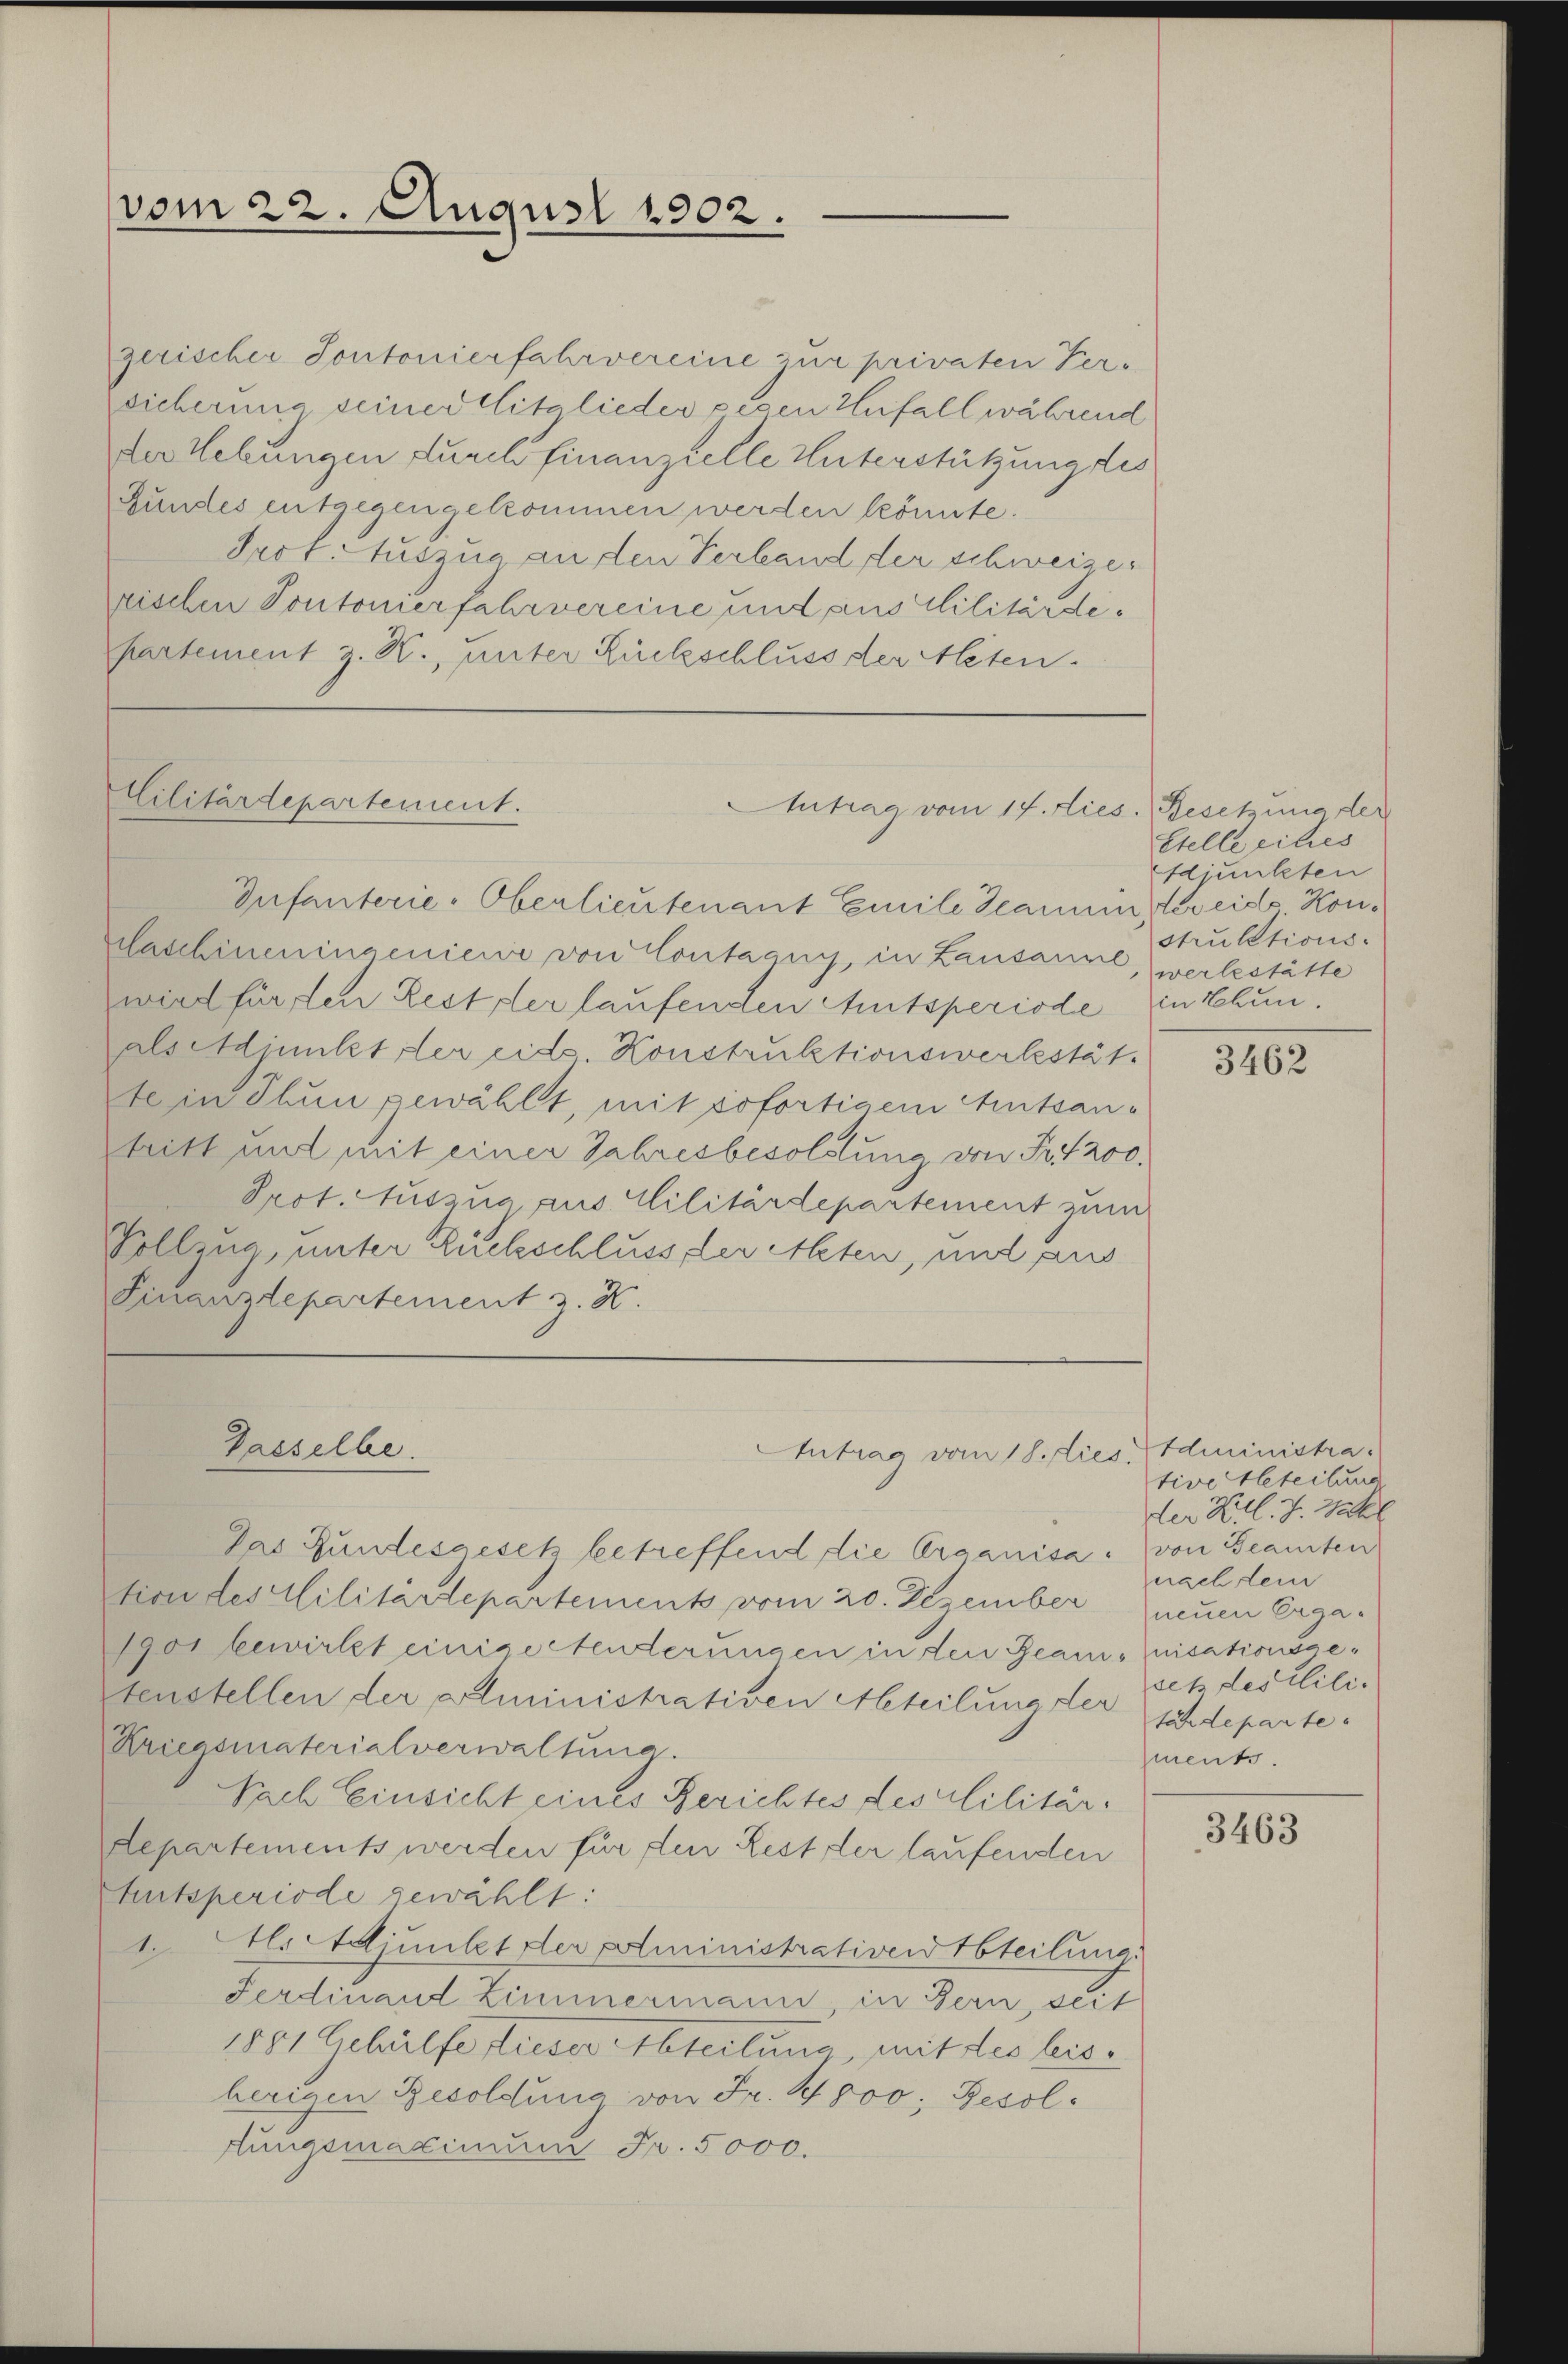
vom 22. August 1902

zerischer Sontonierfahrvereine zur privaten Per-
sicherung seiner Mitglieder peren Unfall während
der Hebungen durch finanzielle Unterstützung des
Gundes entgegengekommen werden könnte.
Prot. Auszug an den Verband der schweizer
rischen Pontonierfahrvereine und aus Militärde¬
Partement z. R., unter Rückschluss der Alten.

Militärdepartement.

Infanterie-Oberlieutenant Emile Scarmin vereits Kondaschineningenieur von Contagny, in Lausanne, werbestätte
wird fürsten Rest der laufenden Amtsperiode in thun.
als Minister eide Konstruktionswerkstät
te in Thun gewählt, mit sofortigem Amtsantritt und mit einer Jahresbesoldung von Fr. 200.
Prot. Auszug aus Militärdepartement zum
Vollzug, unter Rückschluss, der Acten, und aus
Finanzdepartement z. K.

Das Bundesgesetz betreffend die Organisa von Beamten
tion des Militärdepartement vom 20. Dezember
1901 bewirkt einige Tenderungen in den Beam-nisationsgeteustellen der Alministrativen Abteilung der schideparte
Kriegsmaterialverwaltung.
Nach Einsicht eines Berichtes des clilitärdepartements werden für den Rest der laufenden
Autsperiode gewählt:
1. Als Adjunkt der Doministrativen teilung.
Ferdinand Zimmermann in Bern, seit
1881 Gehülfe dieser Abteilung, mit des bisherigen Besoldung von Fr. 1800; Resoltungsmaximum Fr. 5000.

Gasselbe.

Antrag vom 14. dies. Besetzung der

Antrag vom 18. dies. Administra¬

Stelle cities
Adjunkten
stulations-

3462

tive Heteilung
der Kil. J. Zahl
nach sein
neuen Ergasetz des Clili.
ment.

3463